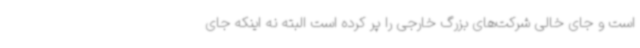
است و جای خالی شرکت‌های بزرگ خارجی را پر کرده است البته نه اینکه جای